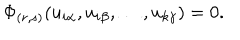
\Phi _ { ( r , s ) } ( u _ { i \alpha } , u _ { i \beta } , \ldots , u _ { k \gamma } ) = 0 .